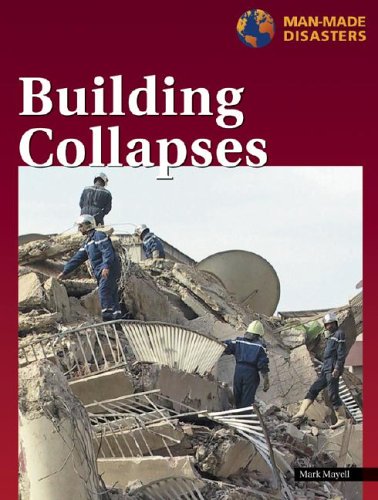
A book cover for Building Collapses (Manmade Disasters (Lucent)); Mark Mayell; Teen & Young Adult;